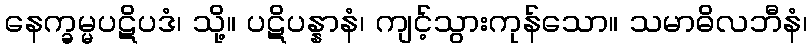
နေက္ခမ္မပဋိပဒံ၊ သို့။ ပဋိပန္နာနံ၊ ကျင့်သွားကုန်သော။ သမာဓိလဘီနံ၊